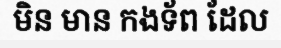
មិន មាន កងទ័ព ដែល